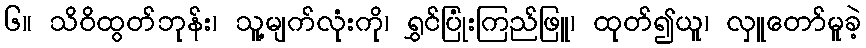
၆။ သိဝိထွတ်ဘုန်း၊ သူ့မျက်လုံးကို၊ ရွှင်ပြုံးကြည်ဖြူ၊ ထုတ်၍ယူ၊ လှူတော်မူခဲ့